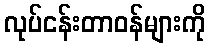
လုပ်ငန်းတာဝန်များကို